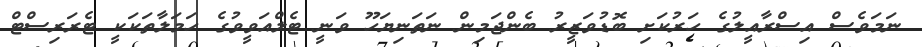
ނަމަވެސް އިސްރާއީލުގެ ހަރުކަށި ބޮޑުވަޒީރު ބެންޖަމިން ނަތަނިޔަހޫ ވަނީ ޓެލްއަވީވުގެ ހަމަލާތަކަކީ ޓެރަރިސްޓް